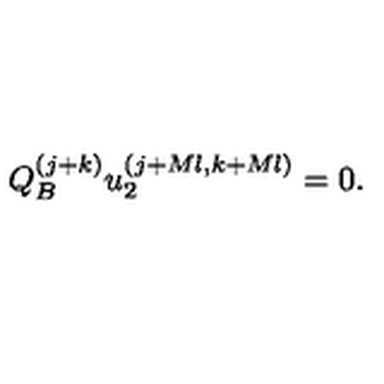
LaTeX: Q _ { B } ^ { ( j + k ) } u _ { 2 } ^ { ( j + M l , k + M l ) } = 0 .